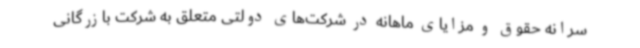
سرانه حقوق و مزایای ماهانه در شرکت‌های دولتی متعلق به شرکت بازرگانی